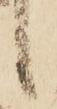
候